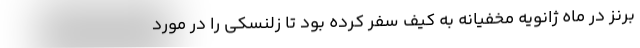
برنز در ماه ژانویه مخفیانه به کیف سفر کرده بود تا زلنسکی را در مورد